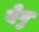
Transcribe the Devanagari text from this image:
देवु